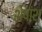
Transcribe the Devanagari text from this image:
शेषांश